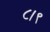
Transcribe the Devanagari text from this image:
८।९